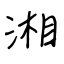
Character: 湘